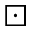
\boxdot